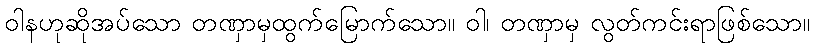
ဝါနဟုဆိုအပ်သော တဏှာမှထွက်မြောက်သော။ ဝါ၊ တဏှာမှ လွတ်ကင်းရာဖြစ်သော။